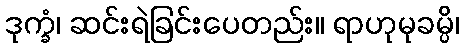
ဒုက္ခံ၊ ဆင်းရဲခြင်းပေတည်း။ ရာဟုမုခမ္ပိ၊